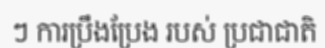
ៗ ការប្រឹងប្រែង របស់ ប្រជាជាតិ